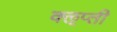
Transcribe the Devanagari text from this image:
क्‍ऌप्ती